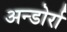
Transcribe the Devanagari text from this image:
अन्डोर्रा